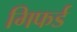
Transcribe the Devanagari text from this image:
गिफर्ड